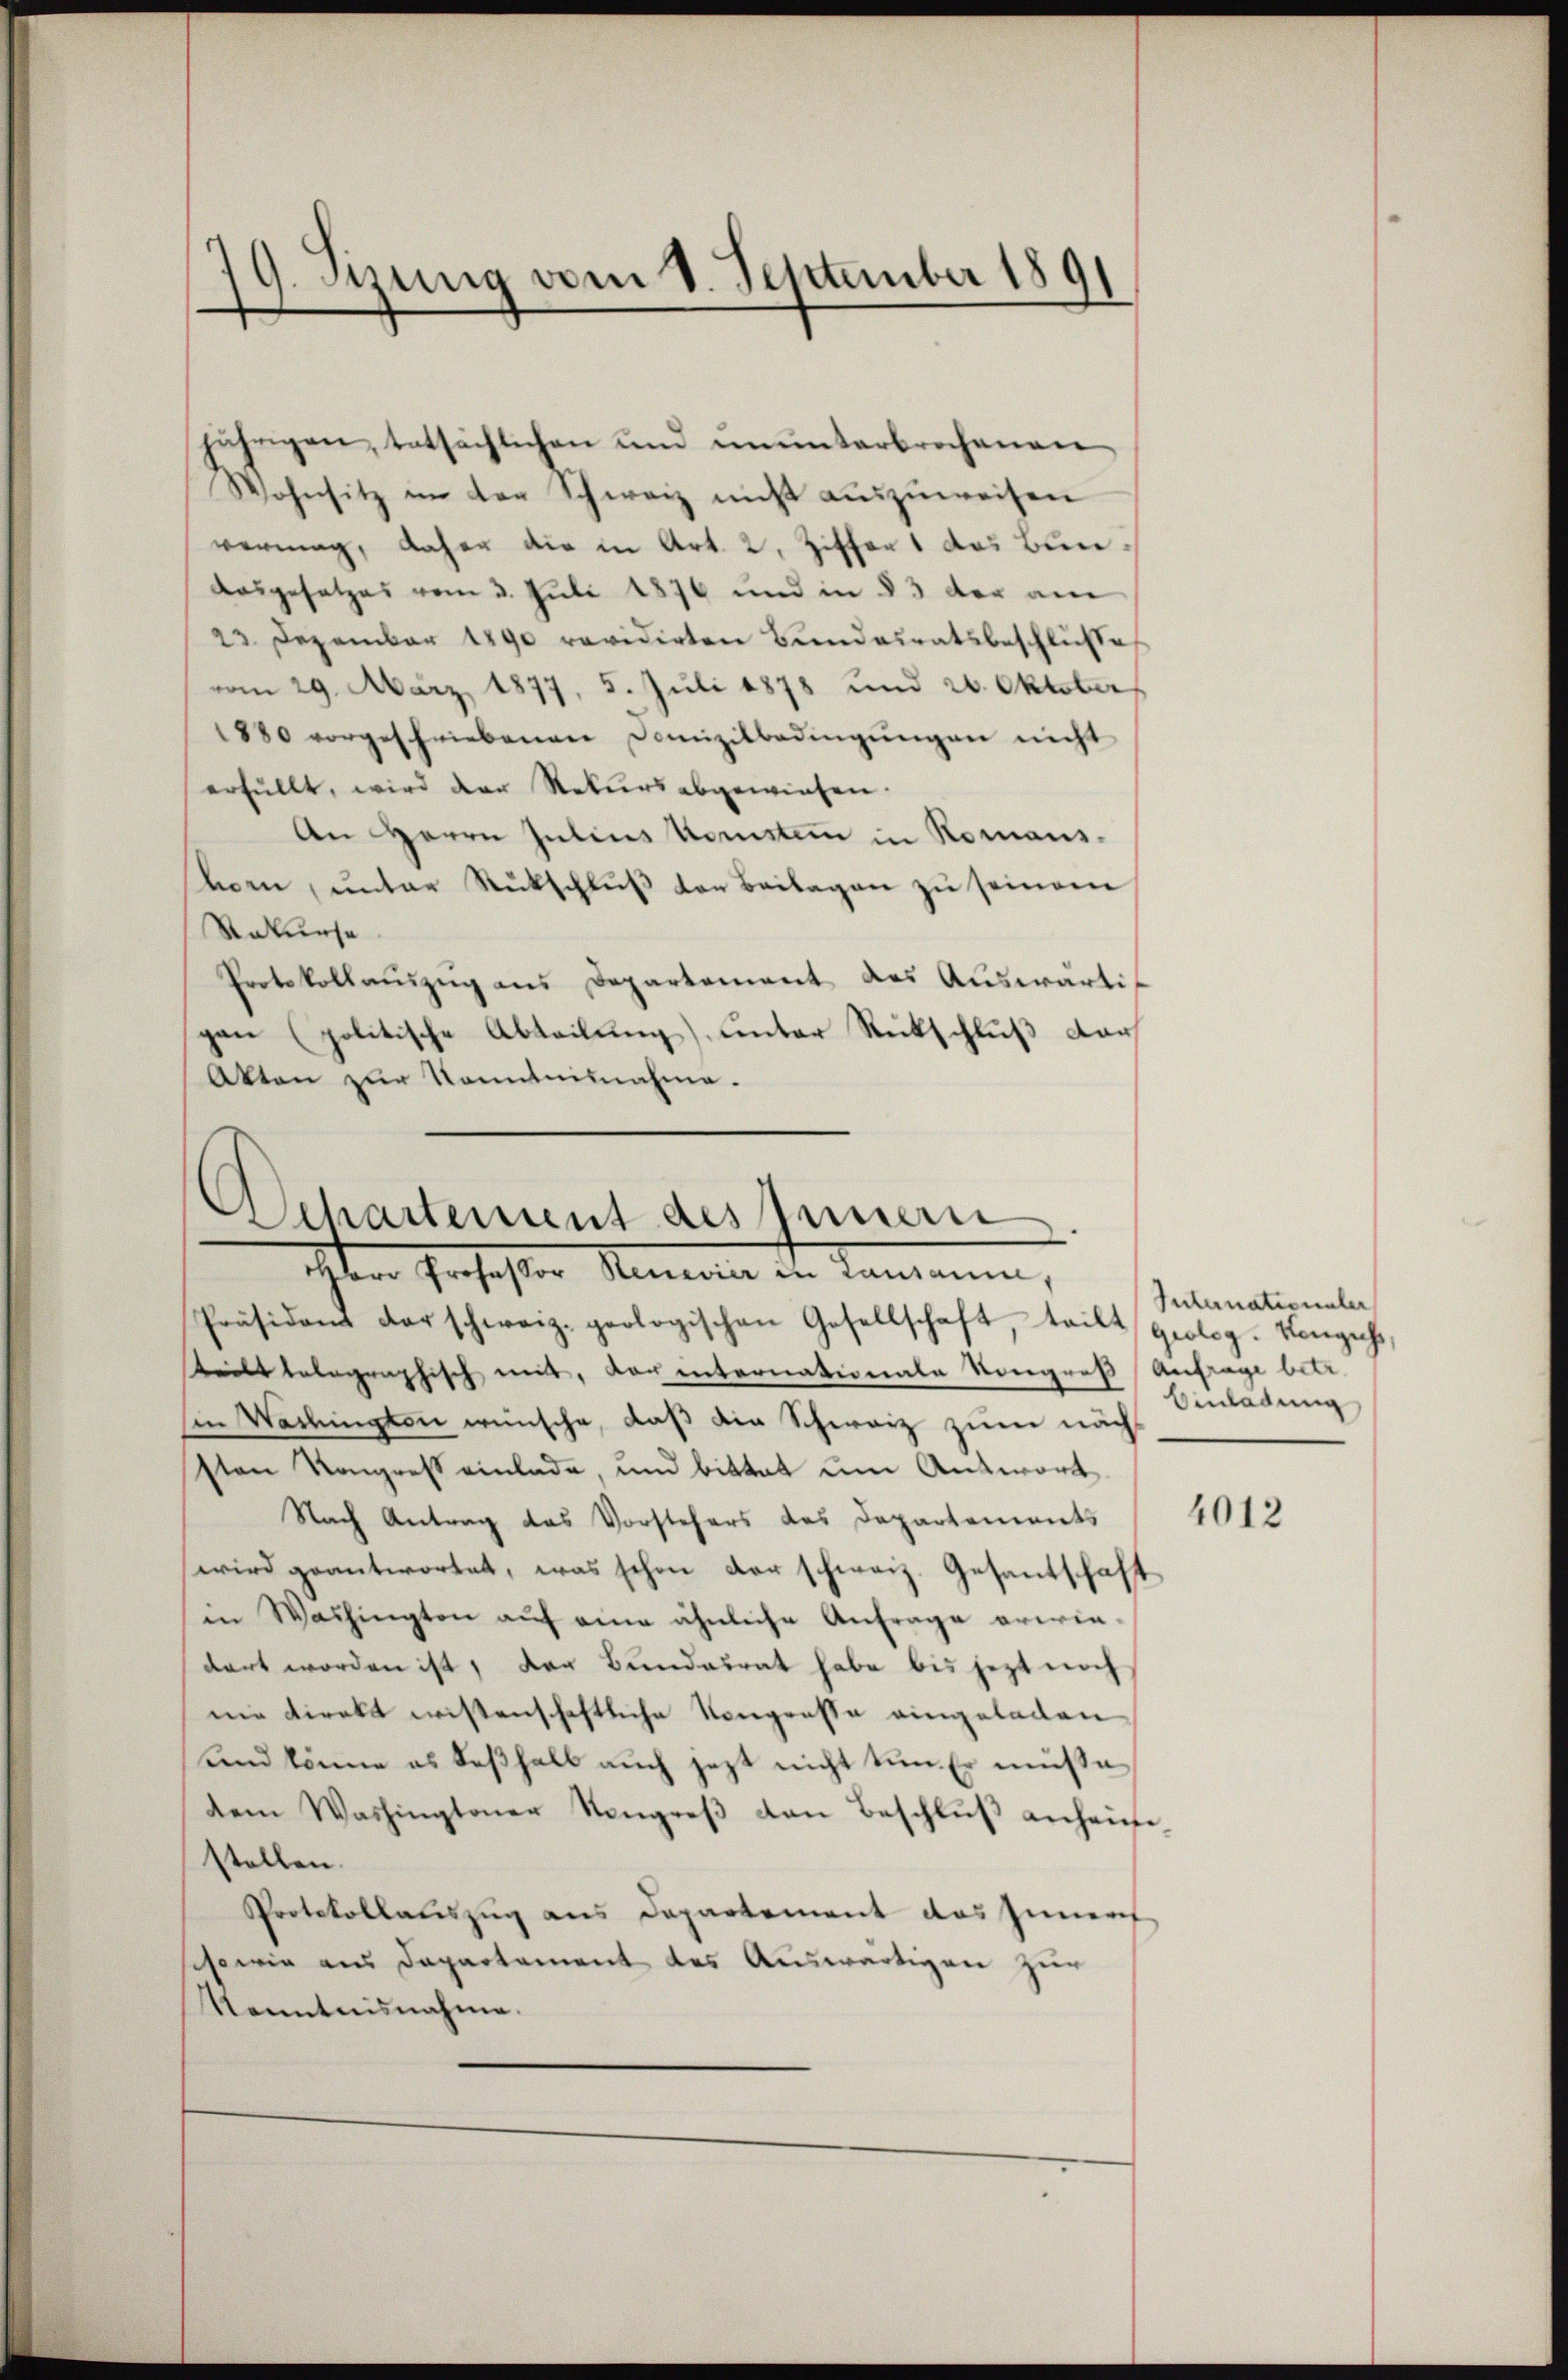
79. Sizung vom 1. September 1891

jährigen, tatsächlichen und ŭnŭnterbrochenen
Wohnsitz in der Schweiz nicht auszuweisen
vermag, daher die in Art. 2, Ziffert das Bun¬
Ausgesetzes vom 3. Juli 1876 und in § 3 der am
23 Dezember 1890 revidirten Bundesratsbeschlusse
vom 29. März 1877, 5. Juli 1878 und 20. Oktober
1880 vorgeschriebenen Domizilbedingŭngen nicht
erfüllt, wird der Rekurs abgewiesen.
An Herrn Julius Konsten in Romans.
korn, unter Rückschluß der Beilagen zu seinem
Rekurse
Protokollauszug aus Departement des Auswärtipan (politische Abteilung), unter Rückschluß darf
Akten zur Kenntnisnahme.

Departement des Innern.
ihten Professor Neerin in Landann,

Präsident der schweiz. geologischen Gesellschaft, teilt geolog. Konzess,
steilt telegraphisch mit, dar internationale Noregroß Anfrage betr.
Ein Washington wünsche, daß die Schweiz zum nächsten Kongreß einlade, und bittet um Antwort
Nach Antrag das Vorstehers des Departements 4013
wird geantwortet, was schon der schweiz. Gesantschaft
in Washington auf eine ähnliche Anfrage erwie-
dart worden ist, der Bundesrat habe bis jezt noch
nie direkt wissenschaftliche Kongrosse eingeladen
und könne es deßhalb auch jezt nicht tun. Er müße
dem Washingtoner Kongreβ den Beschlŭβ anhei-
stellen.
Protokollauszug aus Departement das Innere
sowie aus Departement des Auswärtigen zur
Kenntnisnahme.

Internationaler
Einladung